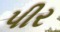
પીર